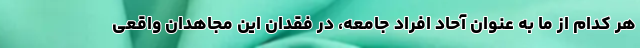
هر کدام از ما به عنوان آحاد افراد جامعه، در فقدان این مجاهدان واقعی